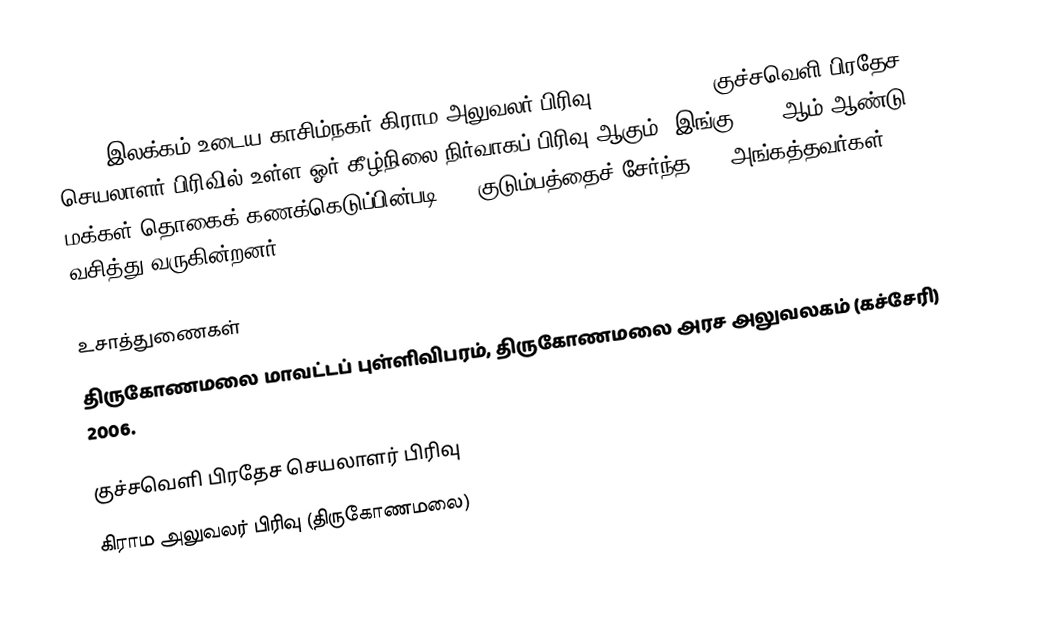
239 D இலக்கம்  உடைய காசிம்நகர் கிராம அலுவலர் பிரிவு (Casim Nagar) குச்சவெளி பிரதேச செயலாளர் பிரிவில் உள்ள ஓர் கீழ்நிலை நிர்வாகப் பிரிவு ஆகும். இங்கு 2005 ஆம் ஆண்டு மக்கள் தொகைக் கணக்கெடுப்பின்படி 269 குடும்பத்தைச் சேர்ந்த 928 அங்கத்தவர்கள் வசித்து வருகின்றனர்.

உசாத்துணைகள்
திருகோணமலை மாவட்டப் புள்ளிவிபரம்,  திருகோணமலை அரச அலுவலகம் (கச்சேரி) 2006.

குச்சவெளி பிரதேச செயலாளர் பிரிவு
கிராம அலுவலர் பிரிவு (திருகோணமலை)